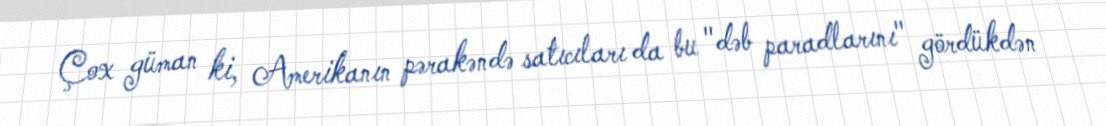
Çox güman ki, Amerikanın pərakəndə satıcıları da bu "dəb paradlarını" gördükdən